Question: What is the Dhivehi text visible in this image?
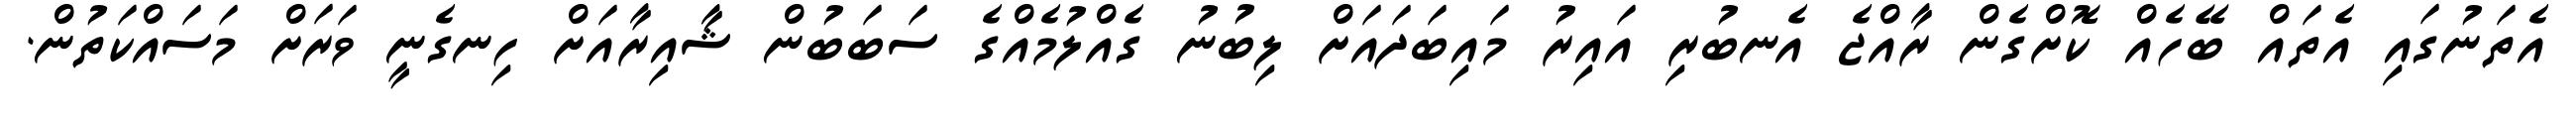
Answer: އެތަނުގައި އެތައް ބޭހެއް ކޮށްގެން ރާއްޖެ އެނބުރި އައިރު މައިބަދައަށް ލިބުނު ގެއްލުމެއްގެ ސަބަބުން ޝާއިރާއަށް ހިނގެނީ ވަރަށް މަސައްކަތުން.